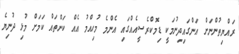
ރައްޔިތުންނަށް އަންގައިދިނުމަކީ ޑިމޮކްރެސީއެއްގައި އެންމެ މުހިއްމު އެއް ކަންތައް ކަމަށް މުޅި ދުނިޔެ